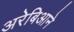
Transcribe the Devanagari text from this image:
अरेबिआने